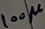
Text: 100µ